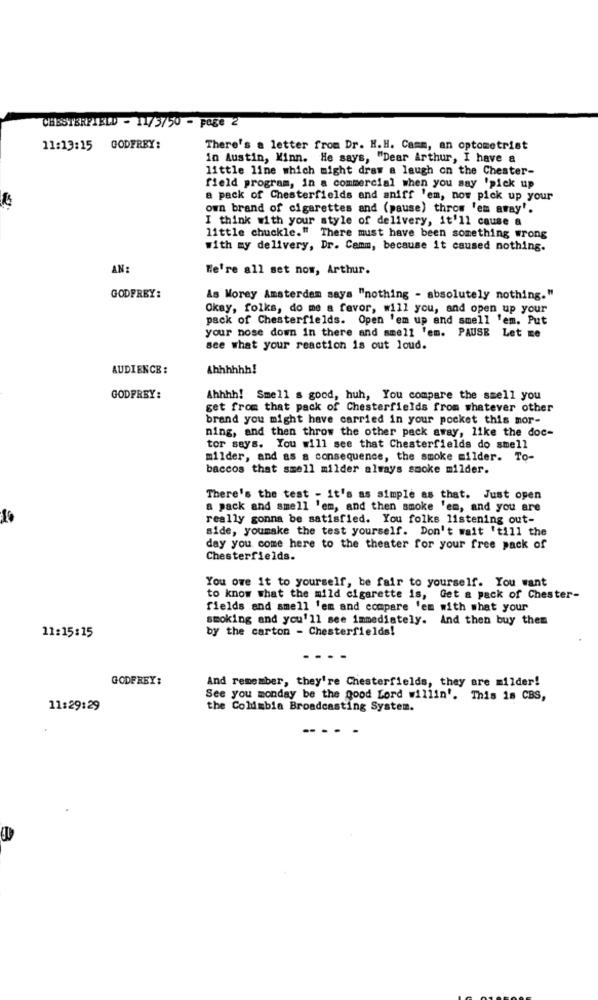
CHESTERFIELD - 11/5/50 - page 2
11:13:15 GODFREY:
There's a letter from Dr. H.H. Camm, an optometrist
in Austin, Minn. He says, "Dear Arthur, I have a
little line which might draw a laugh on the Chester-
field program, in a commercial when you say 'pick up
a pack of Chesterfields and aniff 'em, now pick up your
own brand of cigarettes and (pause) throw 'em away".
I think with your style of delivery, it'll cause a
little chuckle." There must have been something wrong
With my delivery, Dr. Cemm, because it caused nothing.
AN
We're all set now, Arthur.
GODFREY:
As Morey Amsterdam says "nothing - absolutely nothing."
Okay, folks, do me a favor, will you, and open up your
pack of Chesterfields. Open 'em up and smell 'em. Put
your nose down in there and smell 'em. PAUSE Let me
see what your reaction is out loud.
AUDIENCE :
Ahhhhhh!
GODFREY:
Ahhhh! Smell s good, huh, You compare the smell you
get from that pack of Chesterfields from whatever other
brand you might have carried in your pocket this mor-
ning, and then throw the other pack away, like the doc-
tor says. You will see that Chesterfields do smell
milder, and as a consequence, the smoke milder. To-
baccos that smell milder always smoke milder.
There's the test - it's as simple as that. Just open
a pack and smell 'em, and then smoke 'em, and you are
really gonna be satisfied. You folks listening out-
side, youmake the test yourself. Don't wait 'till the
day you come here to the theater for your free pack of
Chesterfields.
You owe it to yourself, be fair to yourself. You want
to know what the mild cigarette is, Get a pack of Chester-
fields and smell 'em and compare 'em with what your
smoking and you'll see immediately. And then buy them
by the carton - Chesterfields!
11:15:15
GODFREY:
And remember, they're Chesterfields, they are milder!
See you monday be the good Lord willin'. This is CBS,
11:29:29
the Coldmbia Broadcasting System.